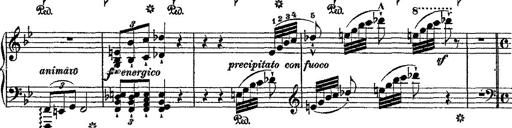
Title: Fantaisie romantique sur deux mÃ©lodies suisses
Composer: Franz Liszt